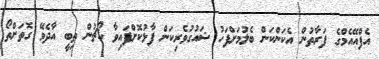
އެފްއޭއެމްގެ ފަރާތުން އެކަންކަން ބެލުމަށްފަހު ޝައުގުވެރިކަން ފާޅުކޮށްފައިވާ ކޯޗުން ތިބީ އާދެވޭ ގޮތަށްތޯ